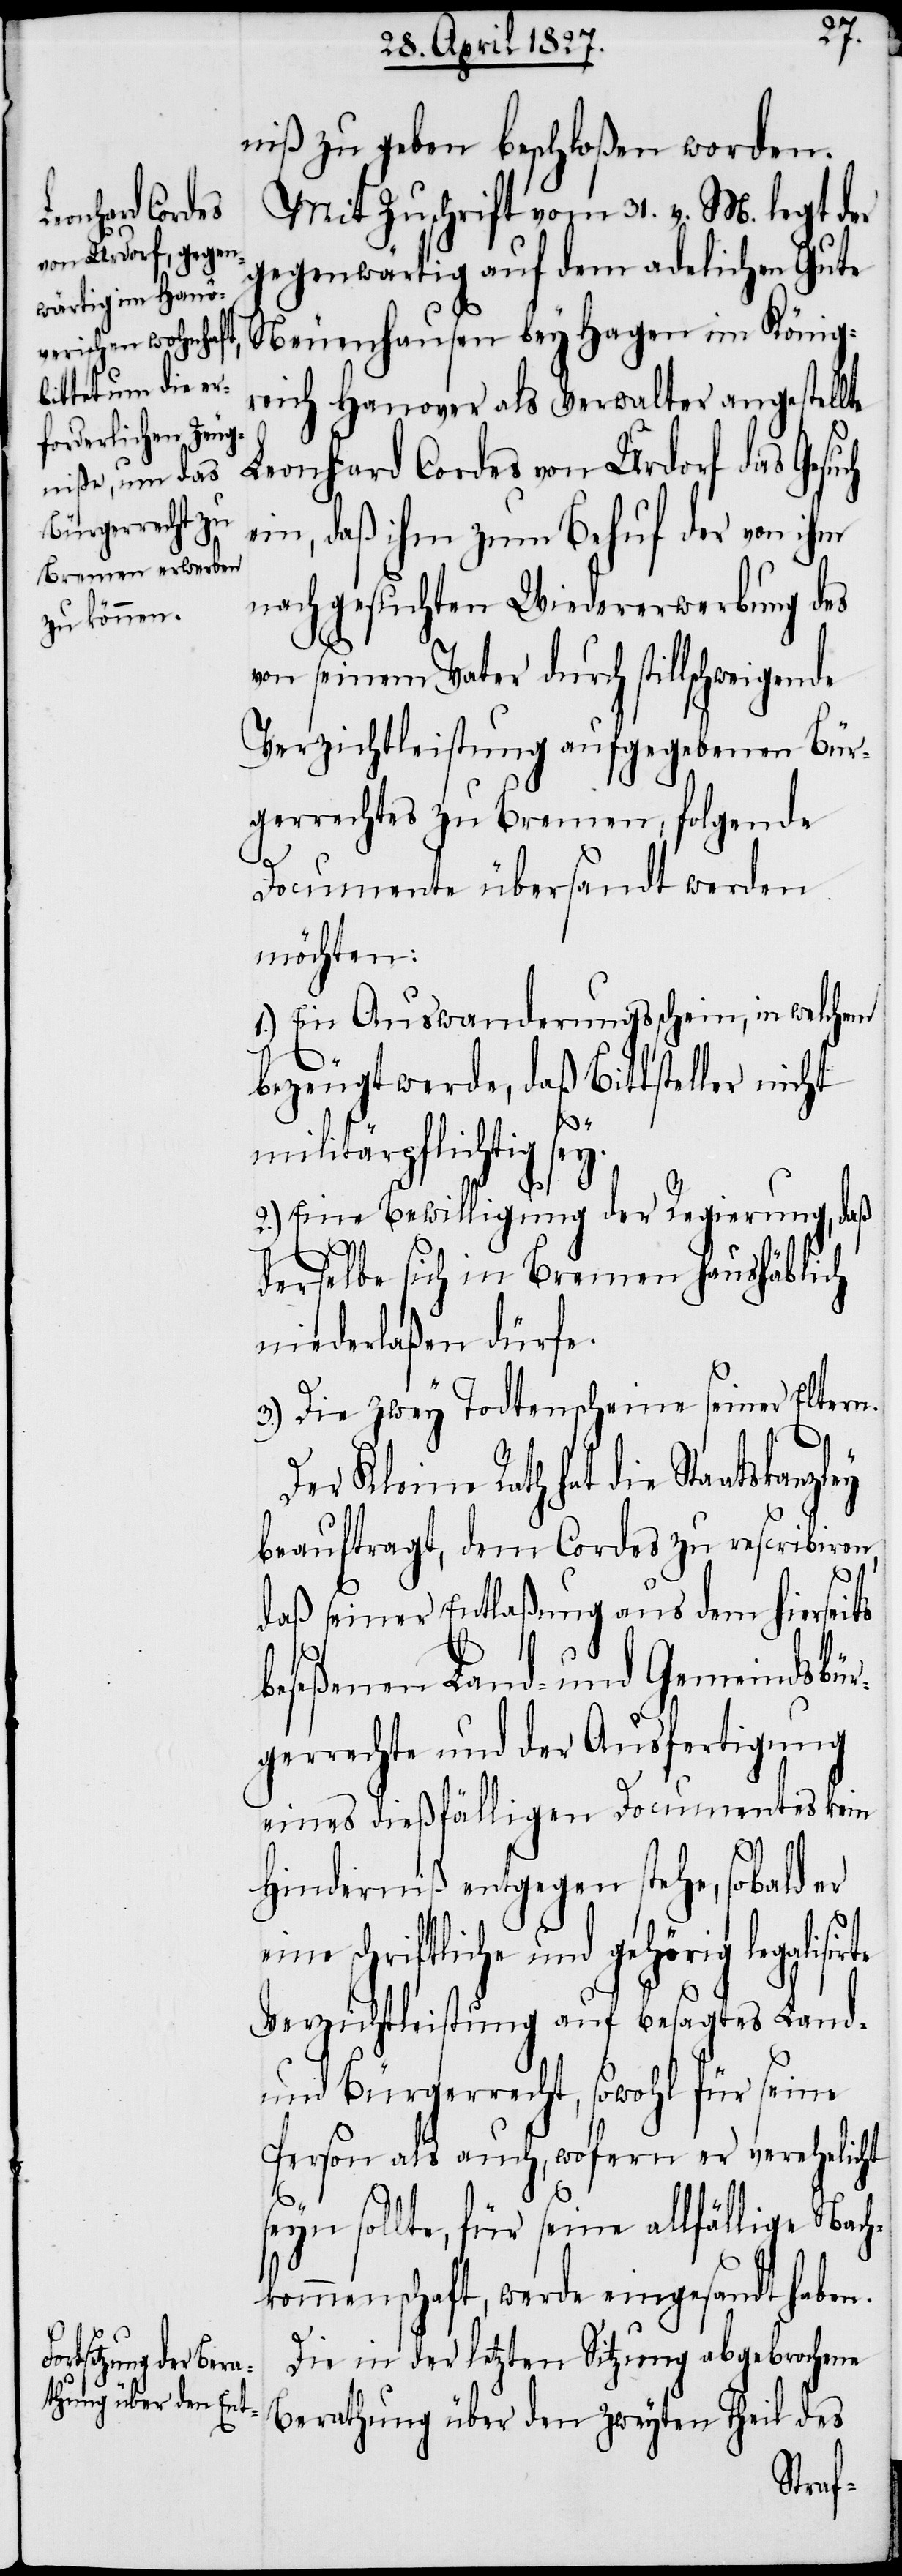
niß zu geben beschloßen worden.
Mit Zuschrift vom 31. v. M. legt der
gegenwärtig auf dem adelichen Gute
Neuenhausen bey Hagen im König¬
reich Hanover als Verwalter angestellte
Leonhard Cordes von Urdorf das Gesuch
ein, daß ihm zum Behuf der von ihm
nachgesuchten Wiedererwerbung des
von seinem Vater durch stillschweige¬
Verzichtleistung aufgegebenen Bür¬
gerrechtes zu Bremen, folgende
Documente übersandt werden
möchten:
1.) Ein Auswanderungsschein, in welchem
bezeugt werde, daß Bittsteller nicht
militärpflichtig sey.
2.) Eine Bewilligung der Regierung, daß
rte
derselbe sich in Bremen haushäblich
niederlaßen dürfe.
3.) Die zwey Todtenscheine seiner Eltern.
Der Kleine Rath hat die Staatskanzley
beauftragt, dem Cordes zu rescribiren,
daß seiner Entlaßung aus dem hierseits
beseßenen Land- und Gemeindsbür¬
gerrechte und der Ausfertigung
eines dießfälligen Documentes kein
Hinderniß entgegen stehe, sobald er
schriftliche und gehörig legalisi¬
Verzichtleistung auf besagtes Land-
und Bürgerrecht, sowohl für seine
Person als auch, wofern er verehelicht
seyn sollte, für seine allfällige Nach¬
kommenschaft, werde eingesandt haben.
Die in der letzten Sitzung abgebrochene
Berathung über den zweyten Theil des